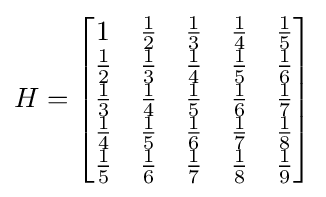
H={\begin{bmatrix}1&{\frac {1}{2}}&{\frac {1}{3}}&{\frac {1}{4}}&{\frac {1}{5}}\\{\frac {1}{2}}&{\frac {1}{3}}&{\frac {1}{4}}&{\frac {1}{5}}&{\frac {1}{6}}\\{\frac {1}{3}}&{\frac {1}{4}}&{\frac {1}{5}}&{\frac {1}{6}}&{\frac {1}{7}}\\{\frac {1}{4}}&{\frac {1}{5}}&{\frac {1}{6}}&{\frac {1}{7}}&{\frac {1}{8}}\\{\frac {1}{5}}&{\frac {1}{6}}&{\frac {1}{7}}&{\frac {1}{8}}&{\frac {1}{9}}\end{bmatrix}}